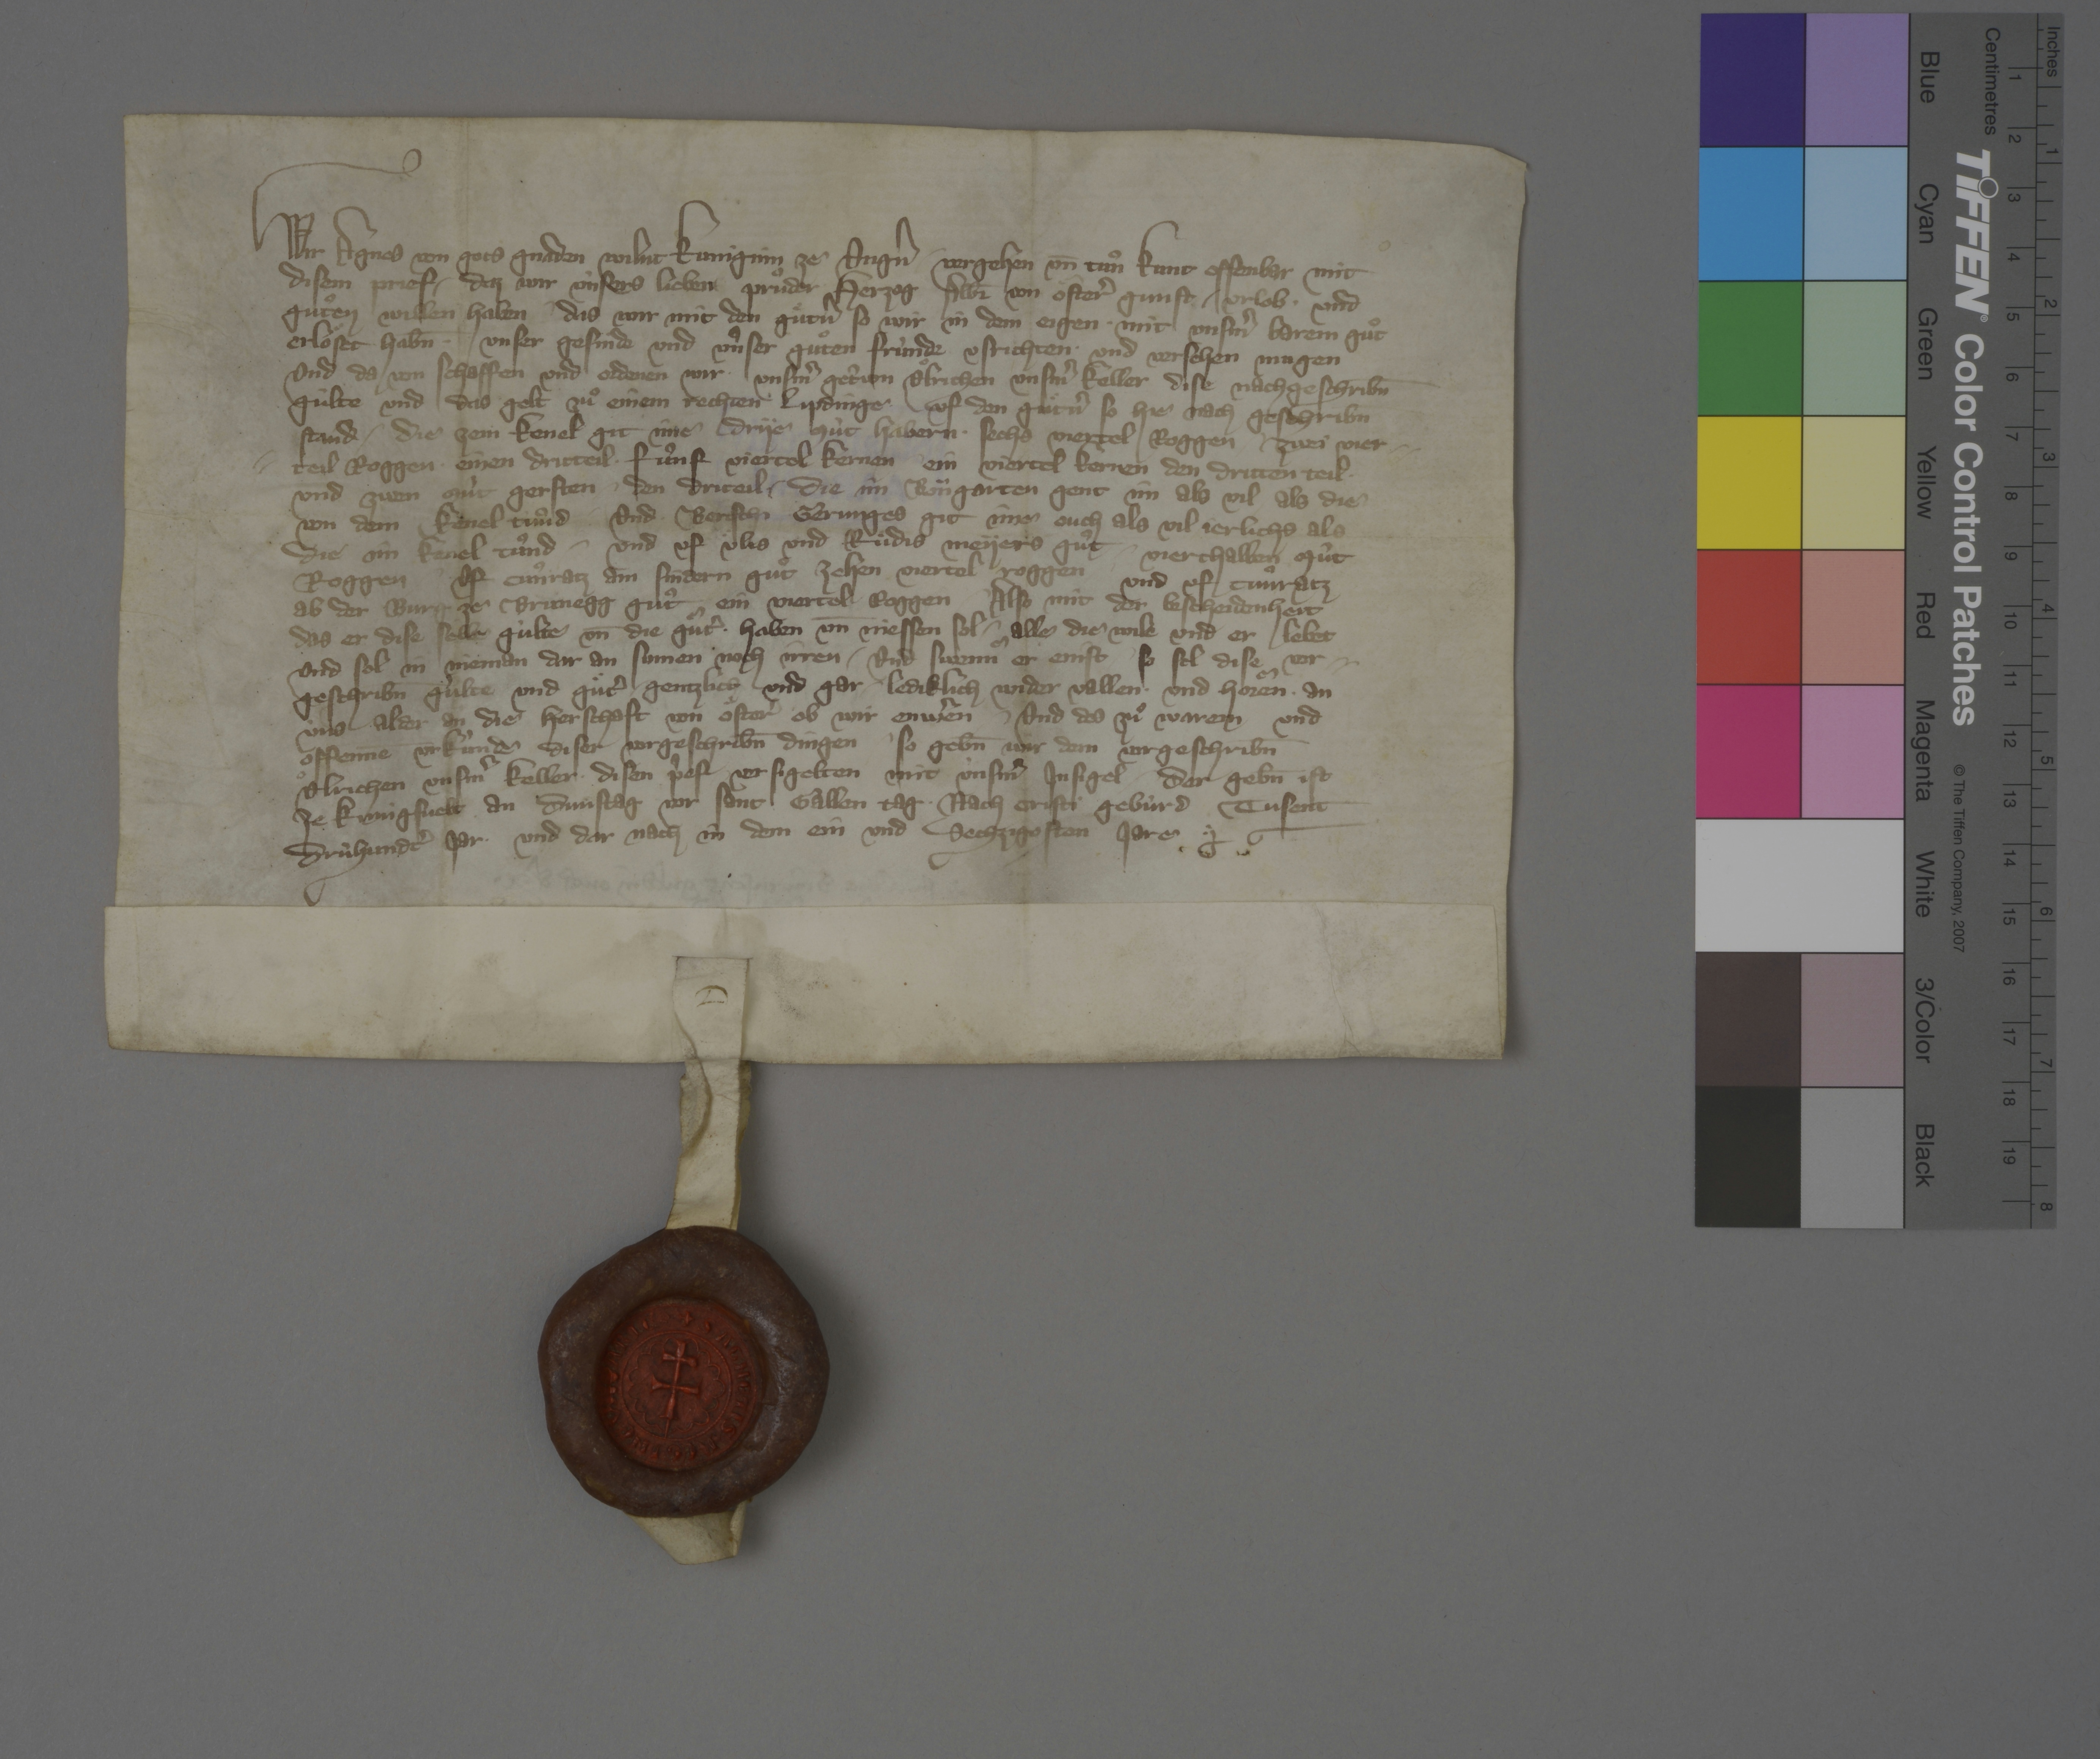
Transcription:
Wir, Agnes, von gots gnaden wilnt kuniginn ze Ungˀn, ✳ vergehen un̄ tuͦn kunt offenbar mit
disem prief, ✳ daz wir ùnsers lieben pruͦder, ✳ herzog Albr̄ von Oͤsterˀ, gunst, ✳ urlob ✳ und
gutͦen willen haben, ✳ das wir mit den guͤtnˀ, so wir in dem Eigen ✳ mit unsmˀ barem guͦt
erloͤset hab̄n, ✳ unser gesinde und ûnser guͦten frùnde usrichten ✳ und versehen mugen.
und da von schaffen und ordenen wir ✳ unsmˀ getˀwn Uͦlrichen, unsmˀ keller, dise nachgeschrib̄n
gùlte und das gelt zuͦ einem rechten lipdinge, uf den guͤtnˀ, so hie nach geschrib̄n
stand: ✳ die zem Kenel git ime drye mùt habern, ✳ sechs viertel roggen, ✳ zwei vier¬
teil roggen, ✳ einen dritteil, ✳ fuͦnf viertel kernen, ✳ ein viertel kernen, den dritten teil ✳
und zwen mùt gersten, ✳ den driteil. ✳ die im Boͧngarten gent im als vil, ✳ als die
von dem Kenel tuͦnd, und Bertschi Gerunges git ime ouch als vil jerlichs, als
die im Kenel tuͦnd, ✳ und uf Uͤlis und Ruͤdis Meyers guͦt ✳ vierthalben mùt
roggen, ✳ uf Cuͦnratz am Sindern guͦt zehen viertel roggen, ✳ und uf Cuͦnratz
ab der Burg ze Brunegg guͦt ein viertel roggen. ✳ also mit der bescheidenheit,
das er dise selb gùlte un̄ die guͤtˀ ✳ haben un̄ niessen sol, ✳ alle die wile und er lebet
und sol in nieman dar an sumen noch irren. ✳ und swennͤ er enist, ✳ so sol dise vor¬
geschrib̄n gùlte und guͤtˀ ✳ gentzlich und gar ✳ lediklich wider vallen ✳ und hoͤren ✳ an
ùns, alder an die herschaft von Oͤsterˀ, ✳ ob wir enwˀen. ✳ und des zuͦ warem und
offennē urkùnde diser vorgeschrib̄n dingen, ✳ so geb̄n wir dem vorgeschrib̄n
Uͦlrichen, unsmˀ keller, ✳ disen pˀef, versigelten mit ùnsmˀ insigel, ✳ der geb̄n ist
ze Kùnigsvelt an dunstag vor sant Gallen tag, ✳ nach Cristi gebùrd tusent
drùhundtˀ jar ✳ und dar nach in dem ein und sechzigosten jare. ✳